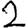
Digit: 2